Medical and sanitary report of the native army of Madras for the year
Year: 1878
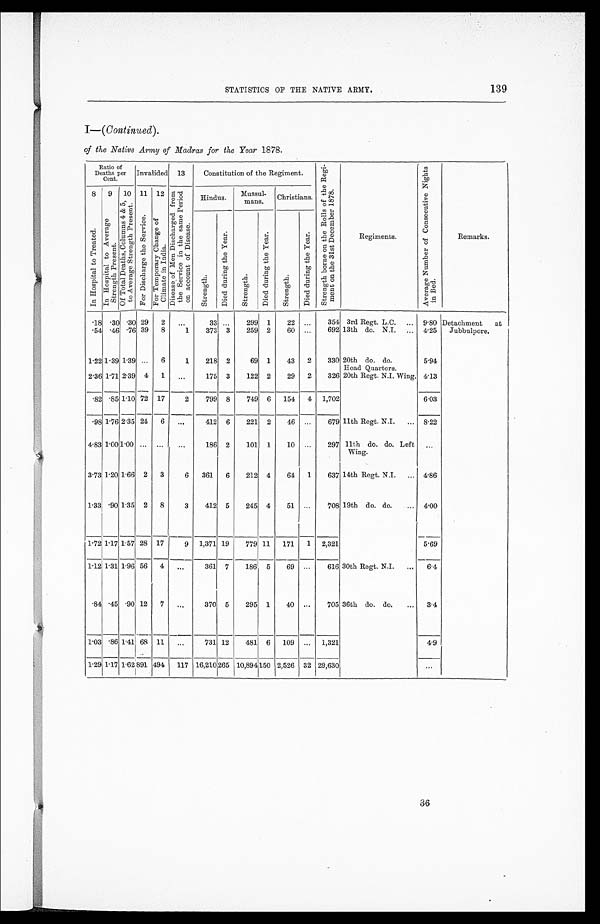
139
STATISTICS OF THE NATIVE ARMY.
I- (Continued).
of the Native Army of Madras for the Year 1878.
Ratio of
Deaths per
Cent.
Invalided
13
Constitution of the Regiment.
S t r e n g t h b o r n e o n t h e R o l l s o f t h e R e g i - m e n t o n t h e 3 1 s t D e c e m b e r 1 8 7 8 .
Regiments.
A v e r a g e N u m b e r o f C o n s e c u t i v e N i g h t s i n B e d .
Remarks.
8 I n H o s p i t a l t o T r e a t e d . 9 I n H o s p i t a l t o A v e r a g e S t r e n g t h P r e s e n t .
10 o f T o t a l D e a t h s , C o l u m n s 4 & 5 , t o A v e r a g e S t r e n g t h P r e s e n t . 11
F o r Di s c h a r g e t h e S e r v i c e . 12 F o r T e m p o r a r y C h a n g e o f C l i m a t e i n I n d i a .
1 3 D i s e a s e o f M e n D i c h a r g e d f r o m t h e S e r v i c e i n t h e s a m e P e r i o d o n a c c o u n t o f D i s e a s e .
Hindus .
Mussul-mans.
Christians.
S t r e n g t h .
D i e d d u r i n g t h e Y e a r .
S t r e n g t h .
D i e d d u r i n g t h e Y e a r .
S t r e n g t h .
D i e d d u r i n g t h e Y e a r .
. 1 8 .30 .30 29
2
. . .
33
. . .
299 1
22
. . .
354 3rd Regt. L.C. . . . 9.80 Detachment at
Jubbulpore.
. 5 4 .46 .76 39
8
1
373
3
259 2
60
. . .
692 13th do. N.I. . . . 4.25
1.22 1.39 1.39
. . .
6
1
218 2
69
1
43
2
330 20th do. do.
Head Quarters.
5.94
2.36 1.71 2.39 4
1
. . .
175 3
122 2
29
2
326 20th Regt. N.I. Wing. 4.13
. 8 2.85 1.10 .72 17
2
799 8
749 6 154 4 1,702
6.03
98 1.76 2.35 24 6
. . .
412 6
221 2
46
. . .
679 11th Regt. N.I. . . .
8.22
4. 83
1 . 0 0
1.00
. . .
. . .
. . .
186 2
101 1
10
. . . 297 11th do. do. Left
Wing.
. . .
3.73 1.20 1 . 66 2 3
6
361
6
212 4
64
1
637 14th Regt. N.I. . . . 4.86
1 . 33 .90 1 . 35 2 8
3
412 5
245 4
51
. . .
708 19th do. do. . . .
4.00
1.72 1. 17 1 . 57 28 17
9 1,371 19
779 11 171 1 2,321
5.69
1.12 1.31 1.96 56
4
. . .
361 7
186
5
69
. . .
616 30th Regt. N.I. . . .
6.4
. 8 4
.45 .90 12 7
. . .
370 5
295 1
40
. . .
705 36th do. do. . . .
3.4
1.03 .86 1 . 41 68 11
. . .
731 12
481 6
109
. . . 1,321
4.9
1. 29
1 . 1 7
1 . 6 2
891 494
117 16,210
2 6 5 10,894 150
2,526 32 29,630
. . .
36